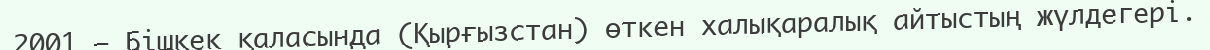
2001 — Бішкек қаласында (Қырғызстан) өткен халықаралық айтыстың жүлдегері.